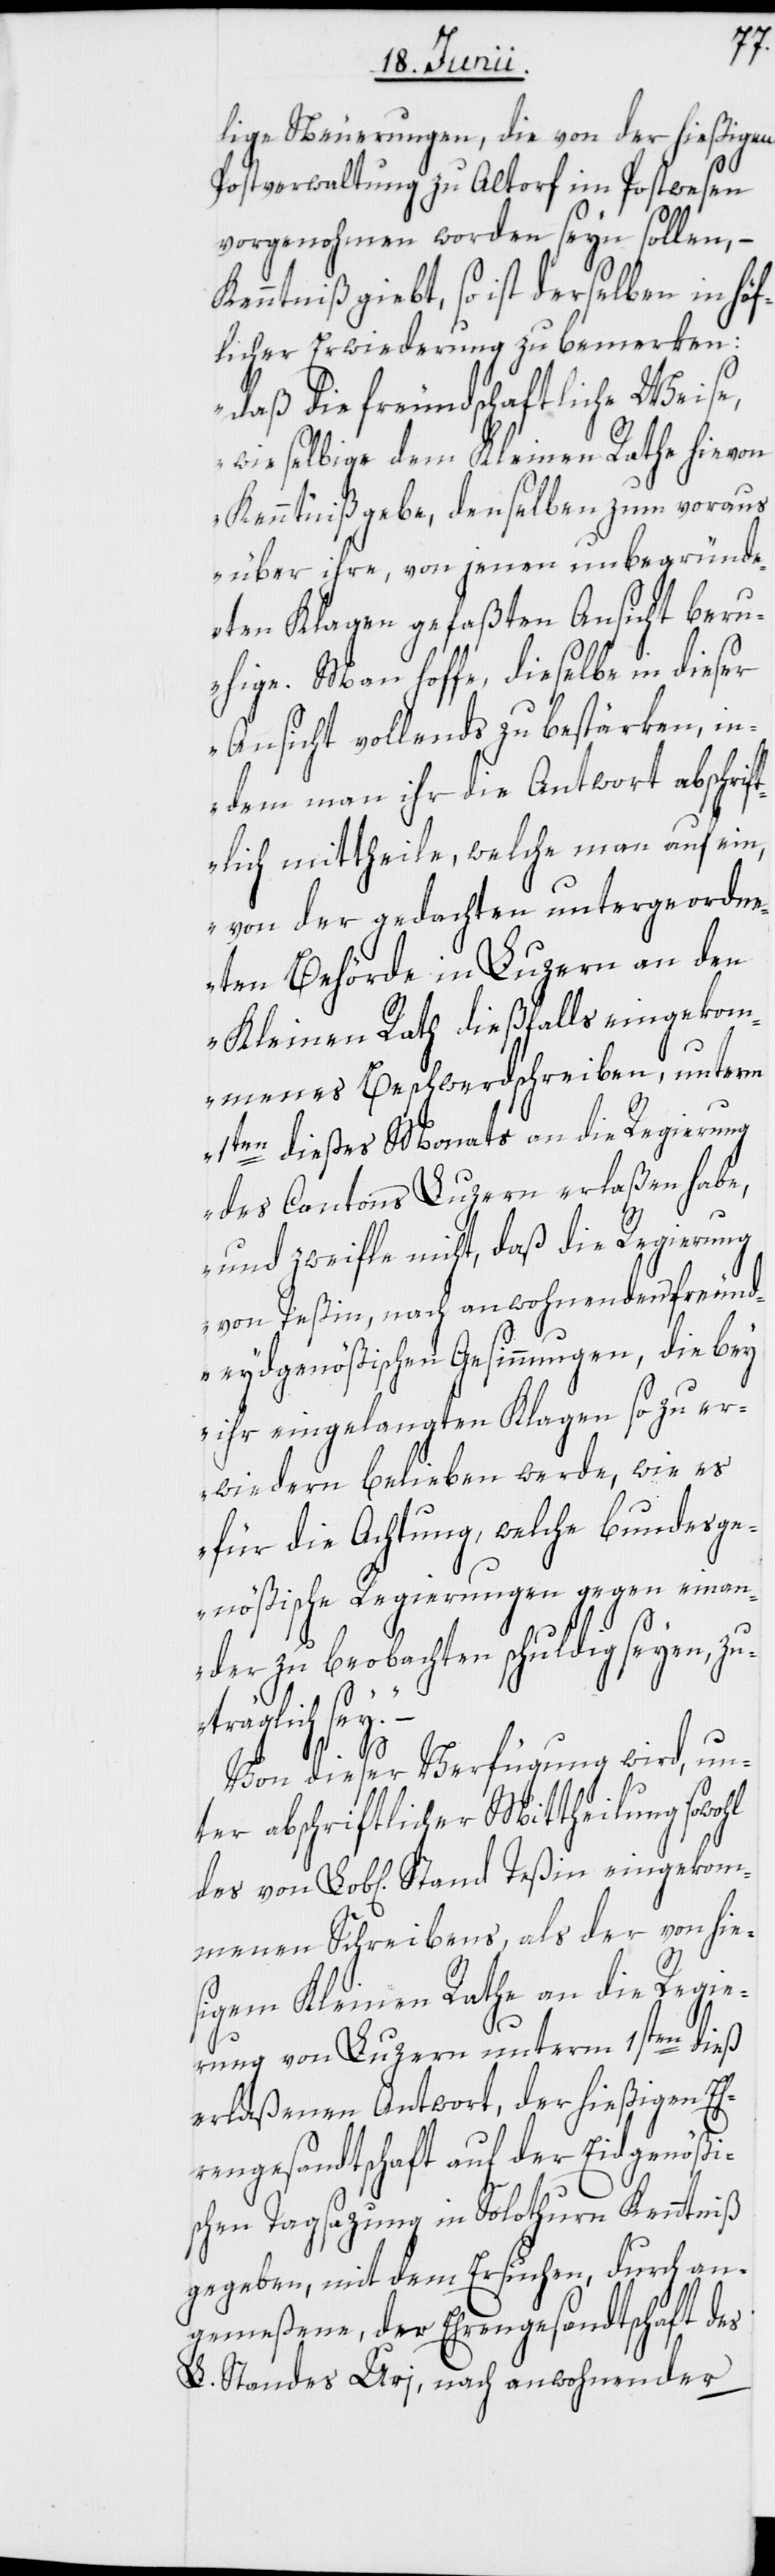
lige Neuerungen, die von der hießigen
Postverwaltung zu Altorf im Postwesen
vorgenohmen worden seyn sollen, –
Kenntniß giebt, so ist derselben in höf¬
licher Erwiederung zu bemerken:
„daß die freundschaftliche Weise,
wie selbige dem Kleinen Rathe hievon
Kenntniß gebe, denselben zum voraus
über ihre, von jenen unbegründ¬
eten Klagen gefaßten Ansicht beru¬
hige. Man hoffe, dieselbe in dieser
Ansicht vollends zu bestärken, in¬
dem man ihr die Antwort abschr¬
lich mittheile, welche man auf ein,
von der gedachten untergeordn¬
eten Behörde in Luzern an den
Kleinen Rath dießfalls eingekom¬
menes Beschwerdschreiben, unterm
1ten dießes Monats an die Regierung
des Cantons Luzern erlaßen habe,
und zweifle nicht, daß die Regierung
von Teßin, nach anwohnenden freund¬
eydgenößischen Gesinnungen, die bey
ihr eingelangten Klagen so zu er¬
wiedern belieben werde, wie es
für die Achtung, welche bundesge¬
nößische Regierungen gegen einan¬
der zu beobachten schuldig seyen, z¬
uträglich sey.“
Von dieser Verfügung wird, un¬
ter abschriftlicher Mittheilung sowohl
mmenen Schreibens, als der von hies¬
igem Kleinen Rathe an die Regie¬
geko¬
rung von Luzern unterm 1sten dieß
erlaßenen Antwort, der hießigen Eh¬
rengesandtschaft auf der Eidgenößi¬
schen Tagsazung in Solothurn Kenntniß
gegeben, mit dem Ersuchen, durch an¬
gemeßene, der Ehrengesandtschaft des
L. Standes Uri, nach anwohnender